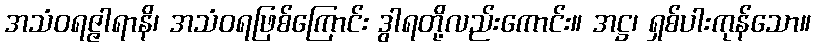
အသံဝရဇ္ဇါရာနိ၊ အသံဝရဖြစ်ကြောင်း ဒွါရတို့လည်းကောင်း။ အဋ္ဌ၊ ရှစ်ပါးကုန်သော။